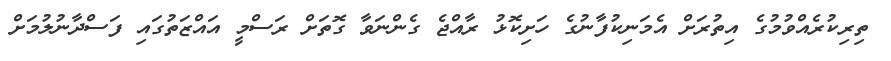
ތިރިކުރެއްވުމުގެ އިތުރަށް އެމަނިކުފާނުގެ ހަށިކޮޅު ރާއްޖެ ގެންނަވާ ގޮތަށް ރަސްމީ އައްޒަތުގައި ފަސްދާނުލުމަށް